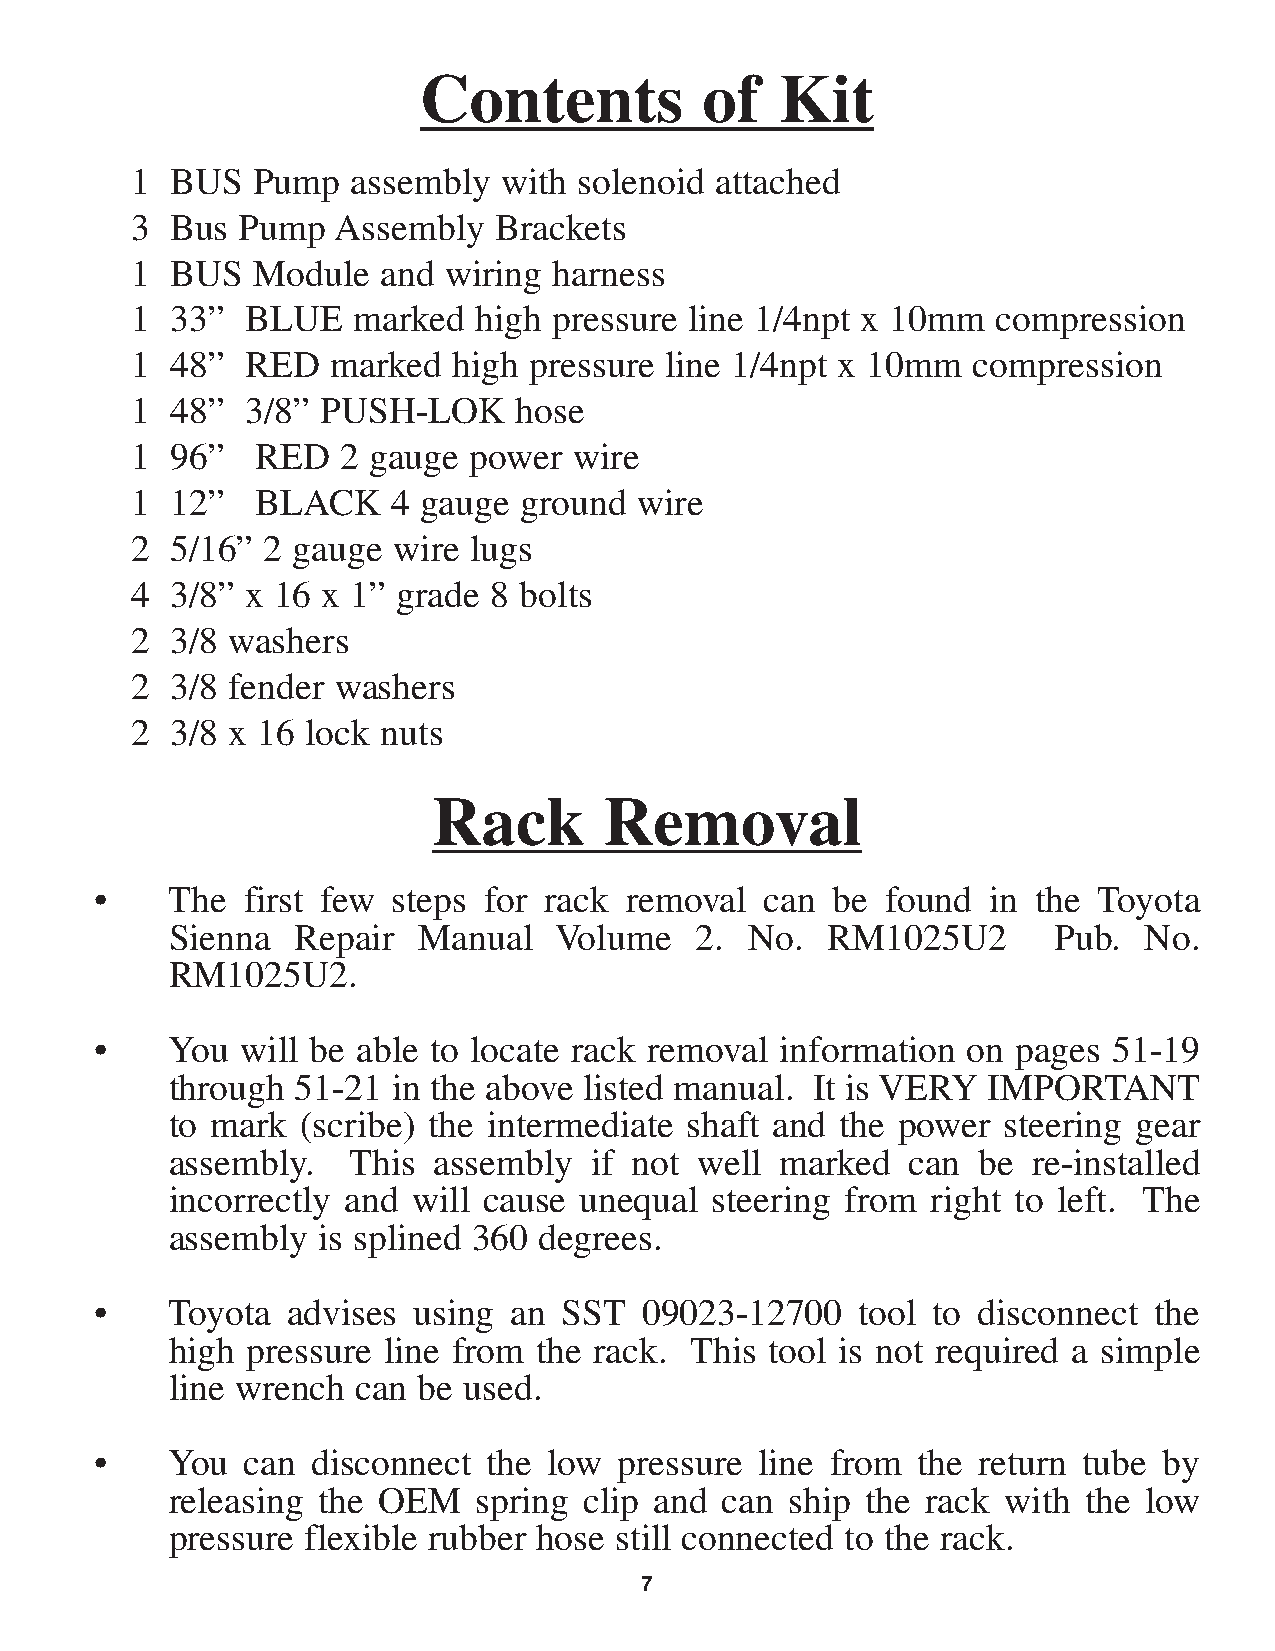
Contents           of   Kit
 1 BUS   Pump  assembly  with solenoid attached
 3 Bus  Pump  Assembly   Brackets
 1 BUS   Module  and wiring  harness
 1 33”  BLUE   marked   high pressure line 1/4npt x 10mm  compression
 1 48”  RED   marked  high pressure line 1/4npt x 10mm  compression
 1 48”  3/8” PUSH-LOK     hose
 1 96”   RED   2 gauge power  wire
 1 12”   BLACK    4 gauge ground  wire
 2 5/16” 2 gauge  wire lugs
 4 3/8” x 16 x 1” grade 8 bolts
 2 3/8 washers
 2 3/8 fender washers
 2 3/8 x 16 lock nuts
 Rack       Removal
 •    The  first few steps for rack removal   can be  found  in the Toyota
 Sienna   Repair  Manual   Volume   2.  No.  RM1025U2       Pub.  No.
 RM1025U2.
 •    You  will be able to locate rack removal information on pages  51-19
 through  51-21 in the above listed manual. It is VERY IMPORTANT
 to mark  (scribe) the intermediate shaft and the power steering gear
 assembly.   This  assembly  if not well  marked  can  be re-installed
 incorrectly and will cause unequal  steering from  right to left. The
 assembly  is splined 360 degrees.
 •    Toyota  advises using  an SST   09023-12700   tool to disconnect the
 high pressure line from  the rack. This tool is not required a simple
 line wrench  can be used.
 •    You  can  disconnect the low  pressure line from  the return tube by
 releasing the OEM    spring clip and can ship the rack with  the low
 pressure flexible rubber hose still connected to the rack.
 7